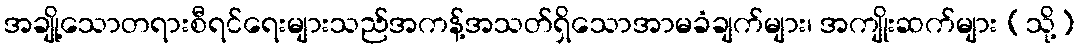
အချို့သောတရားစီရင်ရေးများသည်အကန့်အသတ်ရှိသောအာမခံချက်များ၊ အကျိုးဆက်များ (သို့)